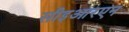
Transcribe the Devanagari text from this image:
सीइआरएन